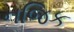
નજિક